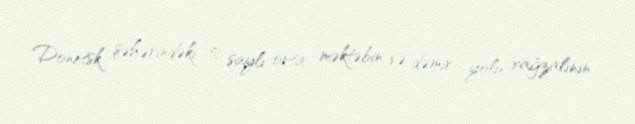
Donetsk şəhərindəki 51 saylı orta məktəbin və dəmir yolu vağzalının